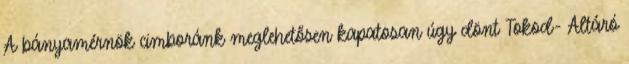
A bányamérnök cimboránk meglehetősen kapatosan úgy dönt Tokod- Altáró